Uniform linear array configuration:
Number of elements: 64
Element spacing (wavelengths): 0.25
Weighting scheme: binomial
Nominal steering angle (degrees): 0
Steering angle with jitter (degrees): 1.098
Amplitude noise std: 0.05
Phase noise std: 0.05

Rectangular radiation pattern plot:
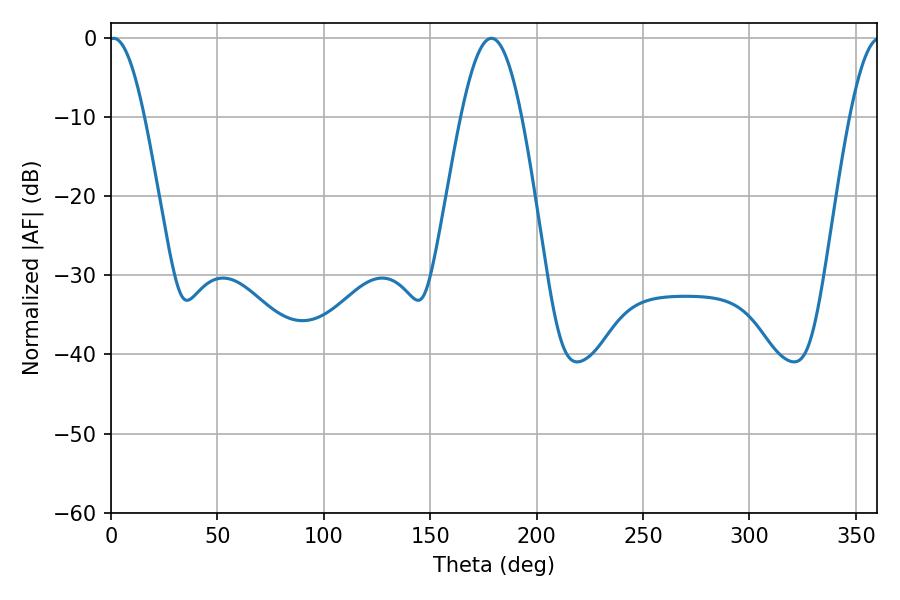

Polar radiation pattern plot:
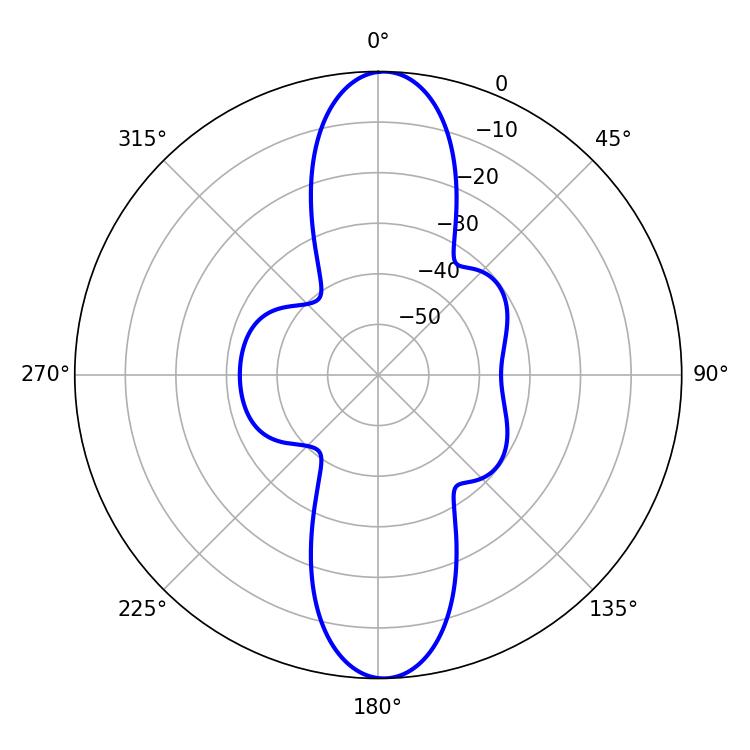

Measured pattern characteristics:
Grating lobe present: FALSE
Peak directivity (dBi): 21.564
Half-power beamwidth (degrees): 9
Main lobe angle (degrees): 1.26